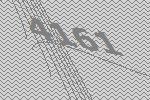
4161